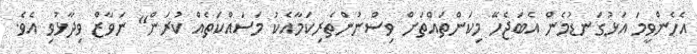
އެހެންވީމަ އަޅުގަނޑުމެން އެބަޖެހޭ މިކަންތައްތަށް ވިސްނުންތެރިކަމާއެކު މަސައްކަތެއް ކުރަން" ނަވާޒް ވިދާޅުވި އެވެ.